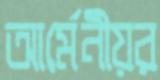
আর্মেনীয়র